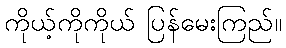
ကိုယ့်ကိုကိုယ် ပြန်မေးကြည်။